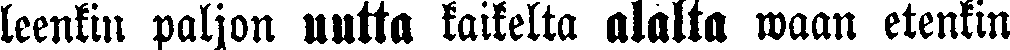
leenkin paljon uutta kaikelta alalta waan etenkin